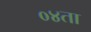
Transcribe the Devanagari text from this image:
०४ता